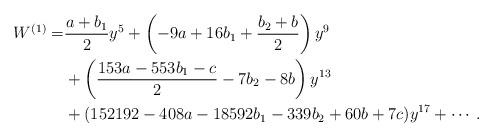
LaTeX: \begin{align*}W^{(1)}=&\frac{a + b_1}{2}y^5+\left(- 9 a + 16 b_1 + \frac{b_2+ b}{2}\right)y^9\\&+\left(\frac{153a- 553 b_1-c}{2} - 7 b_2 - 8 b\right)y^{13}\\&+(152192 - 408 a - 18592 b_1 - 339 b_2 + 60 b + 7 c) y^{17}+ \cdots.\end{align*}